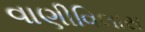
વાણીવિલાસ